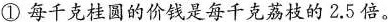
①每千克桂圆的价钱是每千克荔枝的2.5倍。